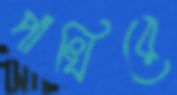
পাখিরে